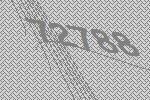
72788